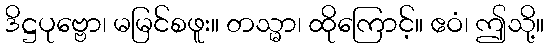
ဒိဋ္ဌပုဗ္ဗော၊ မမြင်စဖူး။ တသ္မာ၊ ထိုကြောင့်။ ဧဝံ၊ ဤသို့။